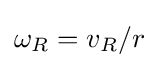
{\textstyle \omega _{R}=v_{R}/r}